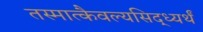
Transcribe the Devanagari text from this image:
तस्मात्कैवल्यसिद्ध्यर्थं